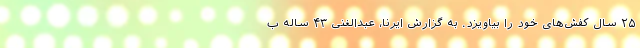
۲۵ سال کفش‌های خود را بیاویزد. به گزارش ایرنا، عبدالغنی ۴۳ ساله ب